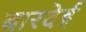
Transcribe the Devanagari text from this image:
बारदेई